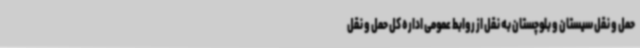
حمل و نقل سیستان و بلوچستان به نقل از روابط عمومی اداره کل حمل و نقل